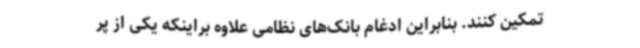
تمکین کنند. بنابراین ادغام بانک‌های نظامی علاوه براینکه یکی از پر